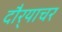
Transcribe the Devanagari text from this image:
दौर्‍याचर